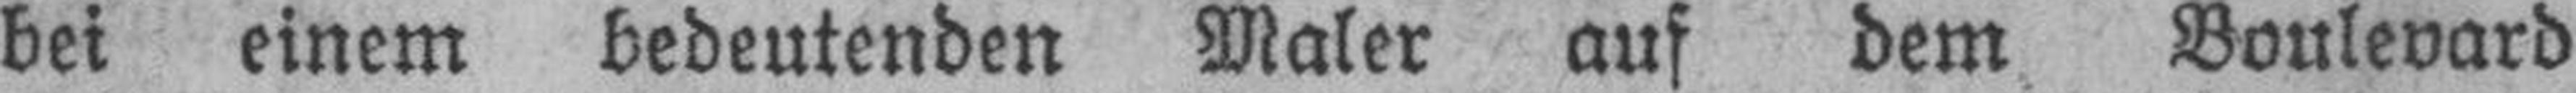
bei einem bedeutenden Maler auf dem Boulevard